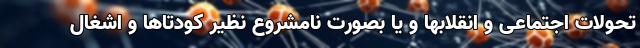
تحولات اجتماعی و انقلابها و یا بصورت نامشروع نظیر کودتاها و اشغال